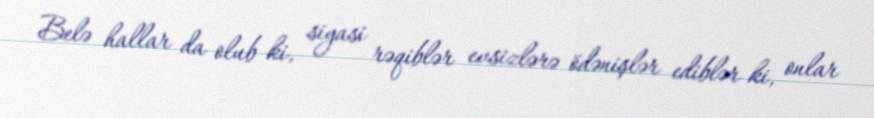
Belə hallar da olub ki, siyasi rəqiblər evsizlərə ödənişlər ediblər ki, onlar